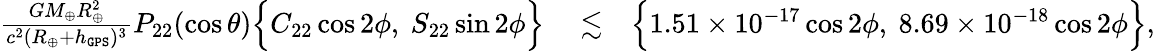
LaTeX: \begin{array}{rlr}{\frac{GM_{\oplus}R_{\oplus}^{2}}{c^{2}(R_{\oplus}+h_{\tt GPS})^{3}}P_{22}(\cos\theta)\Big\{ C_{22}\cos 2\phi,~S_{22}\sin 2\phi\Big\} }&{{}\lesssim}&{\Big\{ 1.51\times 10^{-17}\cos 2\phi,~8.69\times 10^{-18}\cos 2\phi\Big\} ,}\end{array}